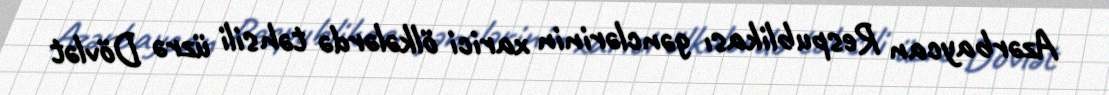
Azərbaycan Respublikası gənclərinin xarici ölkələrdə təhsili üzrə Dövlət